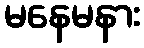
မနေမနား